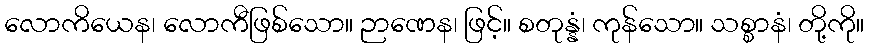
လောကိယေန၊ လောကီဖြစ်သော။ ဉာဏေန၊ ဖြင့်။ စတုန္နံ၊ ကုန်သော။ သစ္စာနံ၊ တို့ကို။